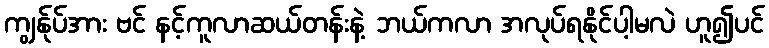
ကျွန်ုပ်အား ဗင် နင့်ကူလာဆယ်တန်းနဲ့ ဘယ်ကလာ အလုပ်ရနိုင်ပါ့မလဲ ဟူ၍ပင်